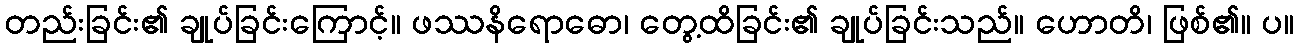
တည်းခြင်း၏ ချုပ်ခြင်းကြောင့်။ ဖဿနိရောဓော၊ တွေ့ထိခြင်း၏ ချုပ်ခြင်းသည်။ ဟောတိ၊ ဖြစ်၏။ ပ။